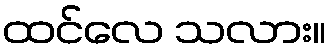
ထင်လေ သလား။